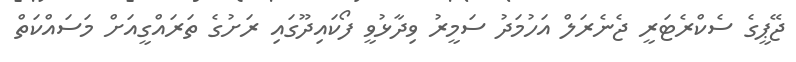
ޖޭޕީގެ ސެކްރެޓަރީ ޖެނެރަލް އަހުމަދު ސަމީރު ވިދާޅުވީ ފޯކައިދޫގައި ރަށުގެ ތަރައްގީއަށް މަސައްކަތް